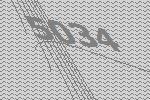
5034